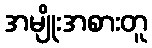
အမျိုးအစားတူ